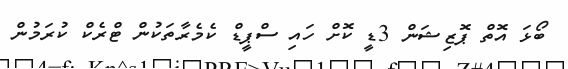
ބޯޅަ އޮތް ޕޮޒިޝަން 3ޑީ ކޮށް ހައި ސްޕީޑް ކެމެރާތަކުން ޓްރެކް ކުރަމުން